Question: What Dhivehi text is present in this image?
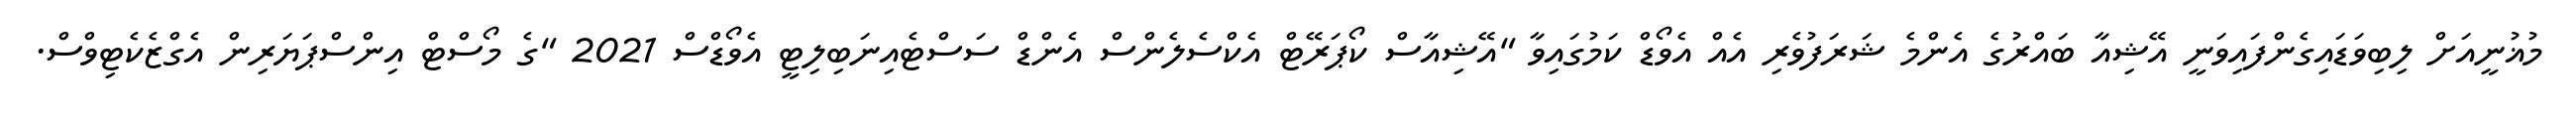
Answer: މުޣުނީއަށް ލިބިވަޑައިގެންފައިވަނީ އޭޝިއާ ބައްރުގެ އެންމެ ޝަރަފުވެރި އެއް އެވޯޑް ކަމުގައިވާ "އޭޝިއާސް ކޯޕަރޭޓް އެކްސެލެންސް އެންޑް ސަސްޓެއިނަބިލިޓީ އެވޯޑްސް 2021 "ގެ މޯސްޓް އިންސްޕަޔަރިން އެގްޒެކެޓިވްސް.